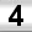
Digit: 4